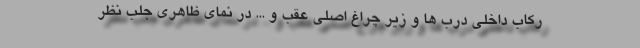
رکاب داخلی درب ها و زیر چراغ اصلی عقب و ... در نمای ظاهری جلب نظر